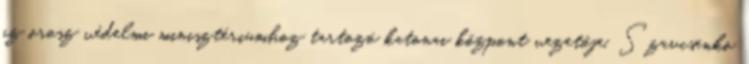
az orosz védelmi minisztériumhoz tartozó katonai központ vezetője. Szavcsenko